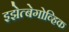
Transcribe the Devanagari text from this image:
इझेत्बेगोव्हिक